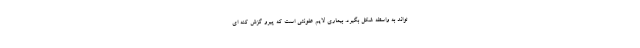
تواند به واسطه شکل بگیرد. بیماری لایم عفونتی است که پیرو گزش کنه ای